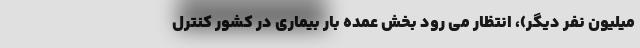
میلیون نفر دیگر)، انتظار می رود بخش عمده بار بیماری در کشور کنترل